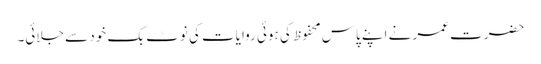
حضرت عمر نے اپنے پاس محفوظ کی ہوئی روایات کی نوٹ بک خود سے جلائی۔